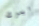
ايرك